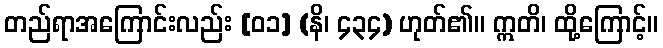
တည်ရာအကြောင်းလည်း [၀၁] (နိ၊ ၄၃၄) ဟုတ်၏။ ဣတိ၊ ထို့ကြောင့်။